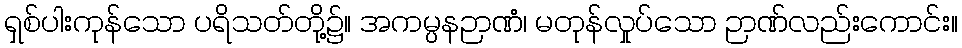
ရှစ်ပါးကုန်သော ပရိသတ်တို့၌။ အကမ္ပနဉာဏံ၊ မတုန်လှုပ်သော ဉာဏ်လည်းကောင်း။